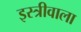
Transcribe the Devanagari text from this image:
इस्त्रीवाला